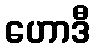
ဟောဒီ